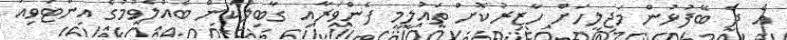
އެ ދެ ބޭފުޅުން މަޖިލީހަށް ހާޒިރުކޮށް ތައުލީމީ ފެންވަރާއި ގާބިލުކަން ބެއްލެވުމުގެ އިންޓަވިއު